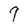
Character: 9